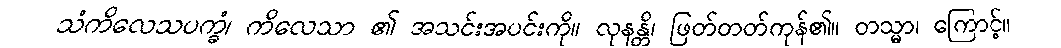
သံကိလေသပက္ခံ၊ ကိလေသာ ၏ အသင်းအပင်းကို။ လုနန္တိ၊ ဖြတ်တတ်ကုန်၏။ တသ္မာ၊ ကြောင့်။